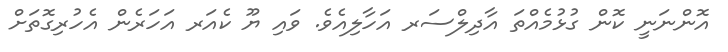
އޮންނަނީ ކޮން ގުޅުމެއްތަ އާދިލްސަރ އަހާލިއެވެ. ވައި ޔޫ ކެއަރ އަހަރެން އެހުރިގޮތަށް